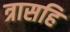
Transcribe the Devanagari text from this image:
त्रासहि